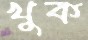
খুক